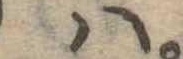
は